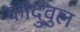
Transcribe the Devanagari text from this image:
कादुवुल